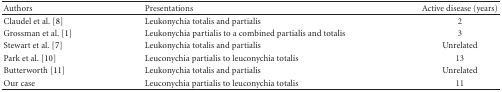
<table><thead><tr><td><b>Authors</b></td><td><b>Presentations</b></td><td><b>Active disease (years)</b></td></tr></thead><tbody><tr><td>Claudel et al. [8]</td><td>Leukonychia totalis and partialis</td><td>2</td></tr><tr><td>Grossman et al. [1]</td><td>Leukonychia partialis to acombined partialis and totalis</td><td>3</td></tr><tr><td>Stewart et al. [7]</td><td>Leukonychia totalis and partialis</td><td>Unrelated</td></tr><tr><td>Park et al. [10]</td><td>Leuconychia partialis to leuconychia totalis</td><td>13</td></tr><tr><td>Butterworth [11]</td><td>Leukonychia totalis and partialis</td><td>Unrelated</td></tr><tr><td>Our case</td><td>Leuconychia partialis to leuconychia totalis</td><td>11</td></tr></tbody></table>